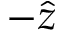
- \hat { z }